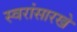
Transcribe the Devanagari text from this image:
स्वरांसारखे